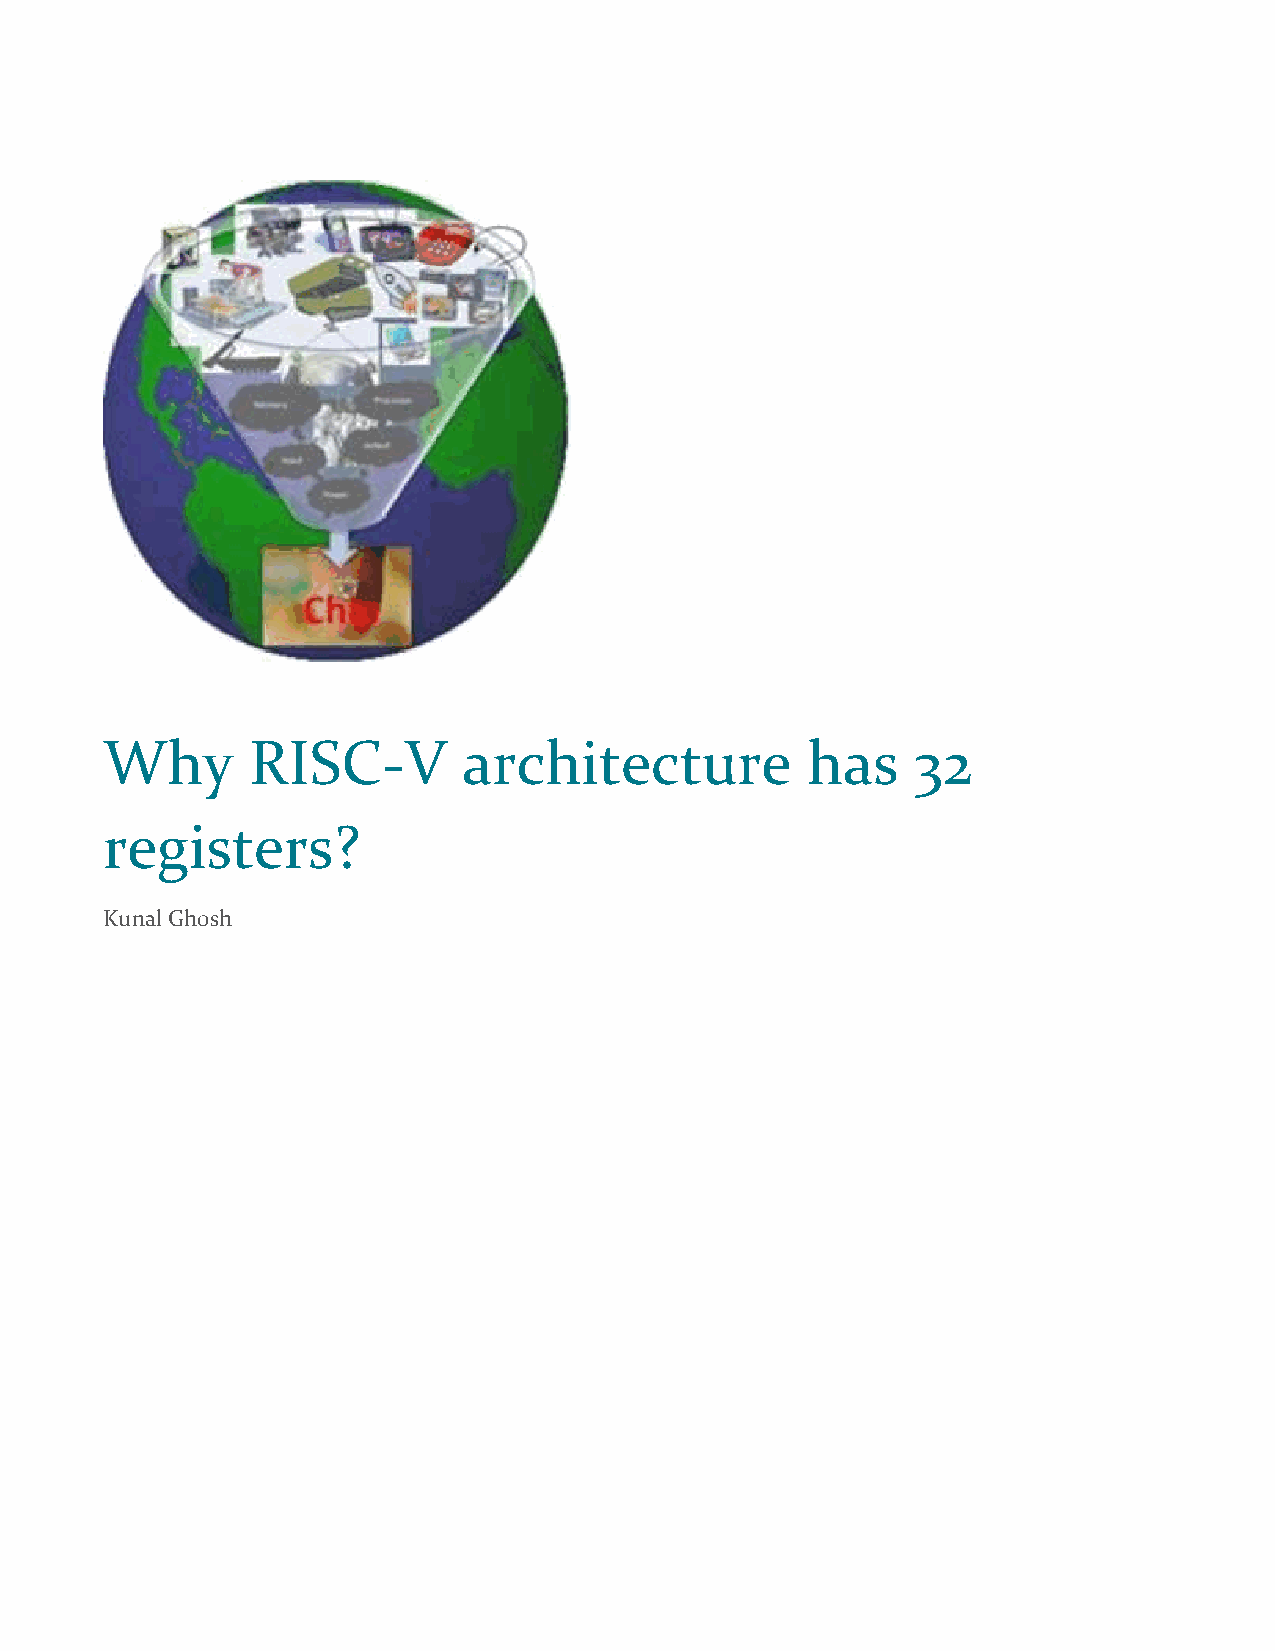
Why      RISC-V         architecture          has     32
 registers?
 Kunal Ghosh